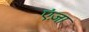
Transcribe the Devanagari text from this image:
एंज़ा